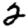
Digit: 2